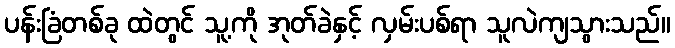
ပန်းခြံတစ်ခု ထဲတွင် သူ့ကို အုတ်ခဲနှင့် လှမ်းပစ်ရာ သူလဲကျသွားသည်။